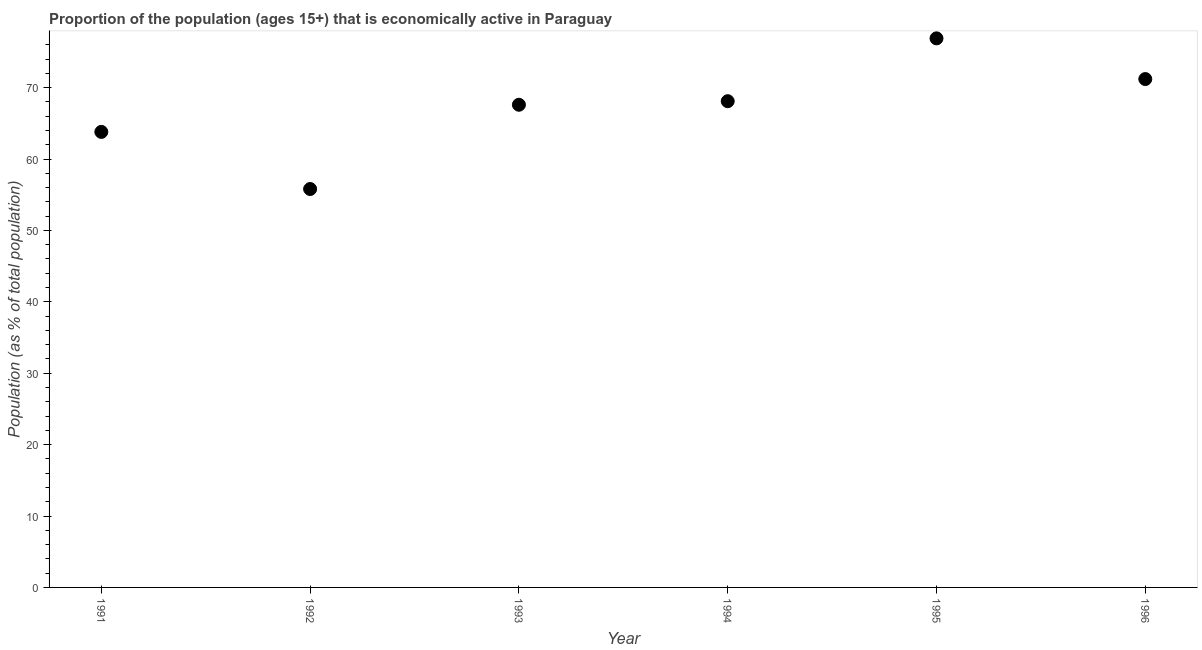
| Year | Labor force participation rate total |
 | --- | --- |
 | 1991 | 63.8 |
 | 1992 | 55.8 |
 | 1993 | 67.6 |
 | 1994 | 68.1 |
 | 1995 | 76.9 |
 | 1996 | 71.2 |